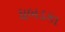
ધબડકા